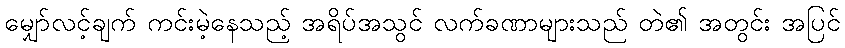
မျှော်လင့်ချက် ကင်းမဲ့နေသည့် အရိပ်အသွင် လက်ခဏာများသည် တဲ၏ အတွင်း အပြင်